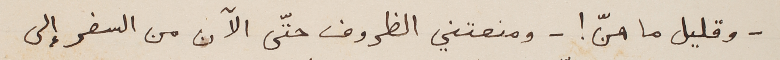
- وقليل ما هنّ! - ومنعتني  الظروف حتّى الآن من السفر إلى